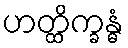
ဟတ္ထိက္ခန္ဓံ